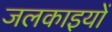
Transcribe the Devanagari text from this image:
जलकाइयों